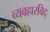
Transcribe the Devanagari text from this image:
व्यवहारविद्